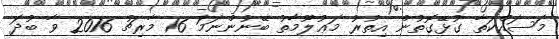
މަސައްކަތާ ގުޅޭގޮތުން އިތުރު މަޢުލޫމާތު ބޭނުންނަމަ 16 މާރިޗު 2016 ވާ ބުދަ